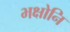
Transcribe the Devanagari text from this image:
भक्षोनि